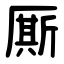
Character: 厮